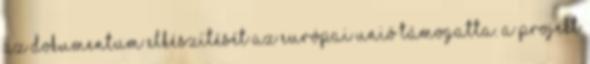
Az dokumentum elkészítését az Európai Unió támogatta. A projekt